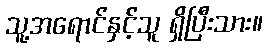
သူ့အရောင်နှင့်သူ ရှိပြီးသား။